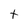
Character: t